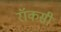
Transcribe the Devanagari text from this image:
रॉकसी